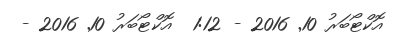
އޮކްޓޯބަރު 10